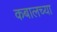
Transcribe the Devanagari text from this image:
कबालच्या